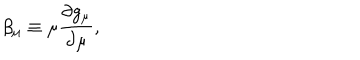
\beta _ { \mu } \equiv \mu \frac { \partial g _ { \mu } } { \partial \mu } ,